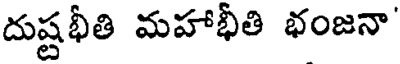
దుష్టభీతి మహాభీతి భంజనా